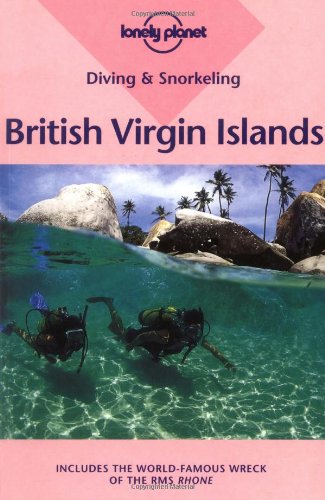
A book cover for Lonely Planet Diving & Snorkeling British Virgin Islands; Mauricio Handler; Travel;